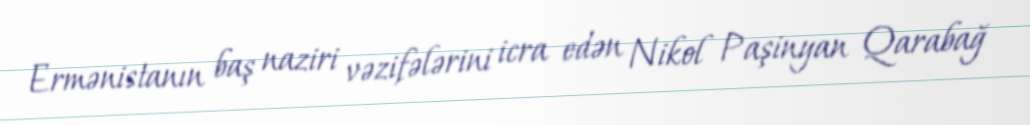
Ermənistanın baş naziri vəzifələrini icra edən Nikol Paşinyan Qarabağ